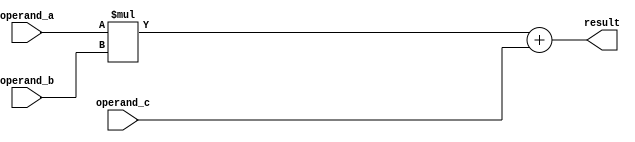
module fused_multiply_add_unit (
  input [31:0] operand_a,
  input [31:0] operand_b,
  input [31:0] operand_c,
  output reg [31:0] result
);

  reg [63:0] product;
  
  always @(*) begin
    product = operand_a * operand_b;
    result = product + operand_c;
  end

endmodule